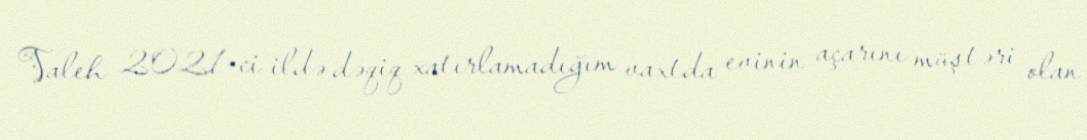
Valeh 2021-ci ildə dəqiq xatırlamadığım vaxtda evinin açarını müştəri olan